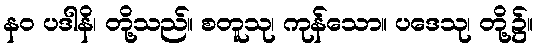
နဝ ပဒါနိ၊ တို့သည်။ စတူသု၊ ကုန်သော။ ပဒေသု၊ တို့၌။